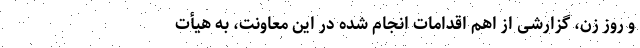
و روز زن، گزارشی از اهم اقدامات انجام شده در این معاونت، به هیأت